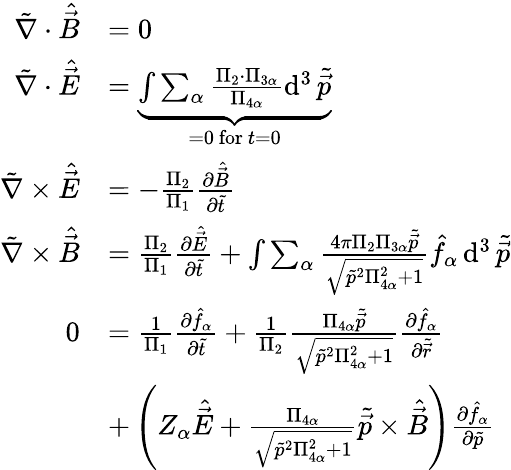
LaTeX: \begin{array}{rl}{\tilde{\nabla}\cdot\hat{\vec{B}}}&{=0}\\ {\tilde{\nabla}\cdot\hat{\vec{E}}}&{=\underbrace{\int\sum_{\alpha}\frac{\Pi_{2}\cdot\Pi_{3\alpha}}{\Pi_{4\alpha}}\operatorname{d}^{3}\tilde{\vec{p}}}_{=0\mathrm{~for~}t=0}}\\ {\tilde{\nabla}\times\hat{\vec{E}}}&{=-\frac{\Pi_{2}}{\Pi_{1}}\frac{\partial\hat{\vec{B}}}{\partial\tilde{t}}}\\ {\tilde{\nabla}\times\hat{\vec{B}}}&{=\frac{\Pi_{2}}{\Pi_{1}}\frac{\partial\hat{\vec{E}}}{\partial\tilde{t}}+\int\sum_{\alpha}\frac{4\pi\Pi_{2}\Pi_{3\alpha}\tilde{\vec{p}}}{\sqrt{\tilde{p}^{2}\Pi_{4\alpha}^{2}+1}}\hat{f}_{\alpha}\operatorname{d}^{3}\tilde{\vec{p}}}\\ {0}&{=\frac{1}{\Pi_{1}}\frac{\partial\hat{f}_{\alpha}}{\partial\tilde{t}}+\frac{1}{\Pi_{2}}\frac{\Pi_{4\alpha}\tilde{\vec{p}}}{\sqrt{\tilde{p}^{2}\Pi_{4\alpha}^{2}+1}}\frac{\partial\hat{f}_{\alpha}}{\partial\tilde{\vec{r}}}}\\ &{+\left({Z_{\alpha}}\hat{\vec{E}}+\frac{\Pi_{4\alpha}}{\sqrt{\tilde{p}^{2}\Pi_{4\alpha}^{2}+1}}\tilde{\vec{p}}\times\hat{\vec{B}}\right)\frac{\partial\hat{f}_{\alpha}}{\partial\tilde{p}}}\end{array}